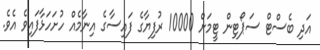
އަދި ބެސްޓް ސަޕޯޓިން ޓީމަށް 10000 ރުފިޔާގެ ފައިސާގެ އިނާމެއް ހުށަހަޅާފައިވެ އެވެ.